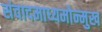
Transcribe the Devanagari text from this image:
संवादमाध्यमोन्मुख